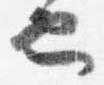
也